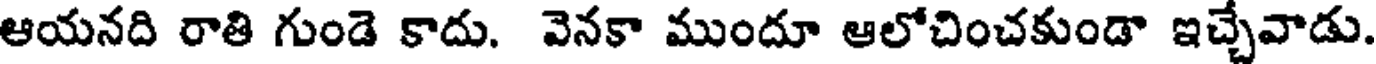
ఆయనది రాతి గుండె కాదు. వెనకా ముందూ ఆలోచించకుండా ఇచ్చేవాడు.